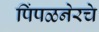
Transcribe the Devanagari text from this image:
पिंपळनेरचे